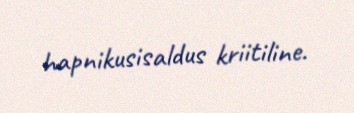
hapnikusisaldus kriitiline.